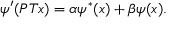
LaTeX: \psi ^ { \prime } ( P T x ) = \alpha \psi ^ { * } ( x ) + \beta \psi ( x ) .